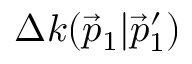
\Delta k ( \vec { p } _ { 1 } | \vec { p } _ { 1 } ^ { \prime } )